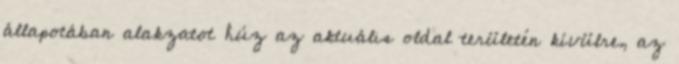
állapotában alakzatot húz az aktuális oldal területén kívülre, az